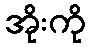
အိုးကို